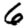
Digit: 6